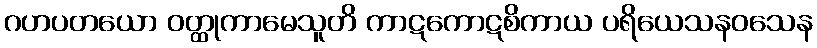
ဂဟပတယော ဝတ္ထုကာမေသူတိ ကာဋကောဋစိကာယ ပရိယေသနဝသေန